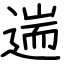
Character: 遄